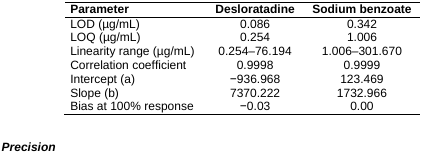
<table><thead><tr><td><b>Parameter</b></td><td><b>Desloratadine</b></td><td><b>Sodium benzoate</b></td></tr></thead><tbody><tr><td>LOD (μg/mL)</td><td>0.086</td><td>0.342</td></tr><tr><td>LOQ (μg/mL)</td><td>0.254</td><td>1.006</td></tr><tr><td>Linearity range (μg/mL)</td><td>0.254–76.194</td><td>1.006–301.670</td></tr><tr><td>Correlation coefficient</td><td>0.9998</td><td>0.9999</td></tr><tr><td>Intercept (a)</td><td>−936.968</td><td>123.469</td></tr><tr><td>Slope (b)</td><td>7370.222</td><td>1732.966</td></tr><tr><td>Bias at 100% response</td><td>−0.03</td><td>0.00</td></tr></tbody></table>